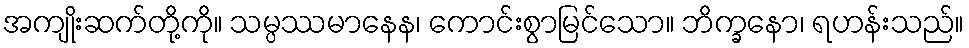
အကျိုးဆက်တို့ကို။ သမ္ပဿမာနေန၊ ကောင်းစွာမြင်သော။ ဘိက္ခနော၊ ရဟန်းသည်။